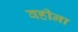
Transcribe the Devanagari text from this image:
वहीना